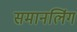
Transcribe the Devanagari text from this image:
समानलिंग